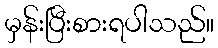
မှန်းပြီးစားရပါသည်။